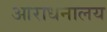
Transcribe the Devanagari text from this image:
आराधनालय